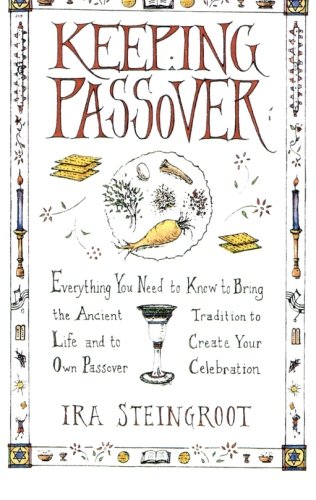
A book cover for Keeping Passover: Everything You Need to Know to Bring the Ancient Tradition to Life and Create Yo; Ira Steingroot; Religion & Spirituality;